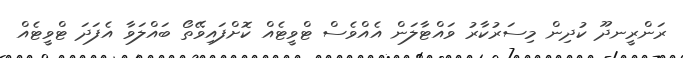
ރަންރީނދޫ ކުދިން މިސަރުކާރު ވައްޓާލަން އެއްވެސް ޓްވީޓެއް ކޮށްފައިވޭތޯ ބައްލަވާ އެފަދަ ޓްވީޓެއް